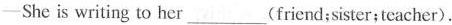
—She is writing to her___(friend;sister; teacher).